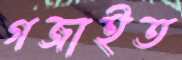
গজাইত